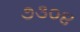
૭૩૦૪